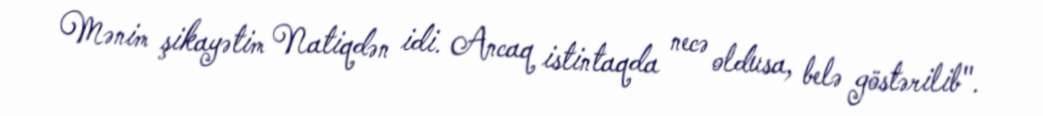
Mənim şikayətim Natiqdən idi. Ancaq istintaqda necə oldusa, belə göstərilib".